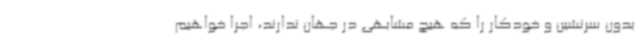
بدون سرنشین و خودکار را که هیچ مشابهی در جهان ندارند، اجرا خواهیم